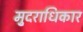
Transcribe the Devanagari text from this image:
मु्दराधिकार